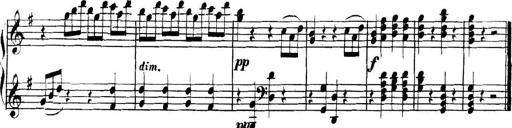
Title: Collected Piano Sonatas
Composer: Muzio Clementi